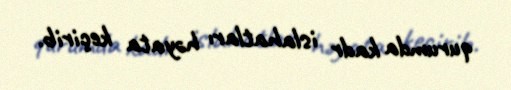
qurumda kadr islahatları həyata keçirib.